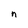
Character: n